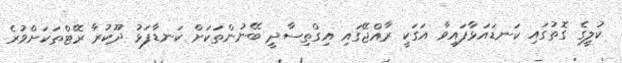
ކުލީގެ ގޮތުގައި ކަނޑައަޅާފައިވާ އަގަކީ ރާއްޖޭގައި އިގްތިސާދީ ބޭނުންތަކަށް ކަނޑާފަޅު ދޫކުރާ ރޭޓްތަކަށްވުރެ